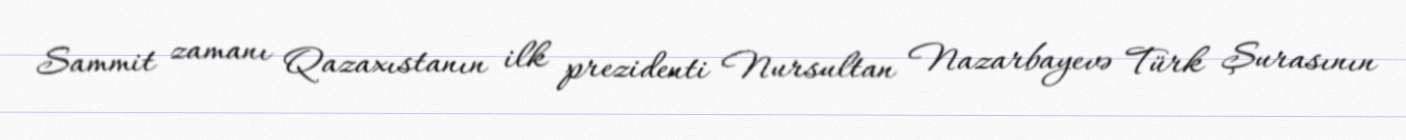
Sammit zamanı Qazaxıstanın ilk prezidenti Nursultan Nazarbayevə Türk Şurasının